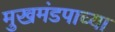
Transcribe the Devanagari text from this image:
मुखमंडपाच्या